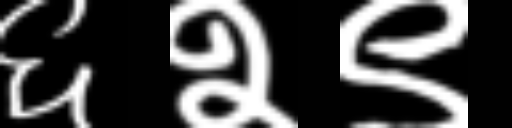
Text: ६२९